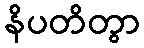
နိပတိတွာ